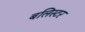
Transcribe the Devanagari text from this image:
बलिस्टर